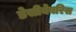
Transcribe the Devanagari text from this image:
डेसीबेबरिस